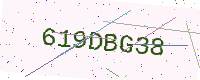
Text: 619DBG38